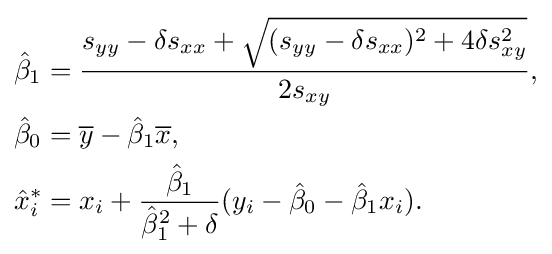
{\begin{aligned}&{\hat {\beta }}_{1}={\frac {s_{yy}-\delta s_{xx}+{\sqrt {(s_{yy}-\delta s_{xx})^{2}+4\delta s_{xy}^{2}}}}{2s_{xy}}},\\&{\hat {\beta }}_{0}={\overline {y}}-{\hat {\beta }}_{1}{\overline {x}},\\&{\hat {x}}_{i}^{*}=x_{i}+{\frac {{\hat {\beta }}_{1}}{{\hat {\beta }}_{1}^{2}+\delta }}(y_{i}-{\hat {\beta }}_{0}-{\hat {\beta }}_{1}x_{i}).\end{aligned}}